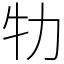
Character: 牞